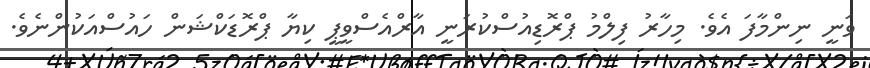
ވަނީ ނިންމާފަ އެވެ. މިހާރު ފިލްމު ޕްރޮޑިއުސްކުރަނީ އާރްއެސްވީޕީ ކިޔާ ޕްރޮޑަކްޝަން ހައުސްއަކުންނެވެ.